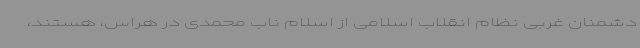
دشمنان غربی نظام انقلاب اسلامی از اسلام ناب محمدی در هراس، هستند،